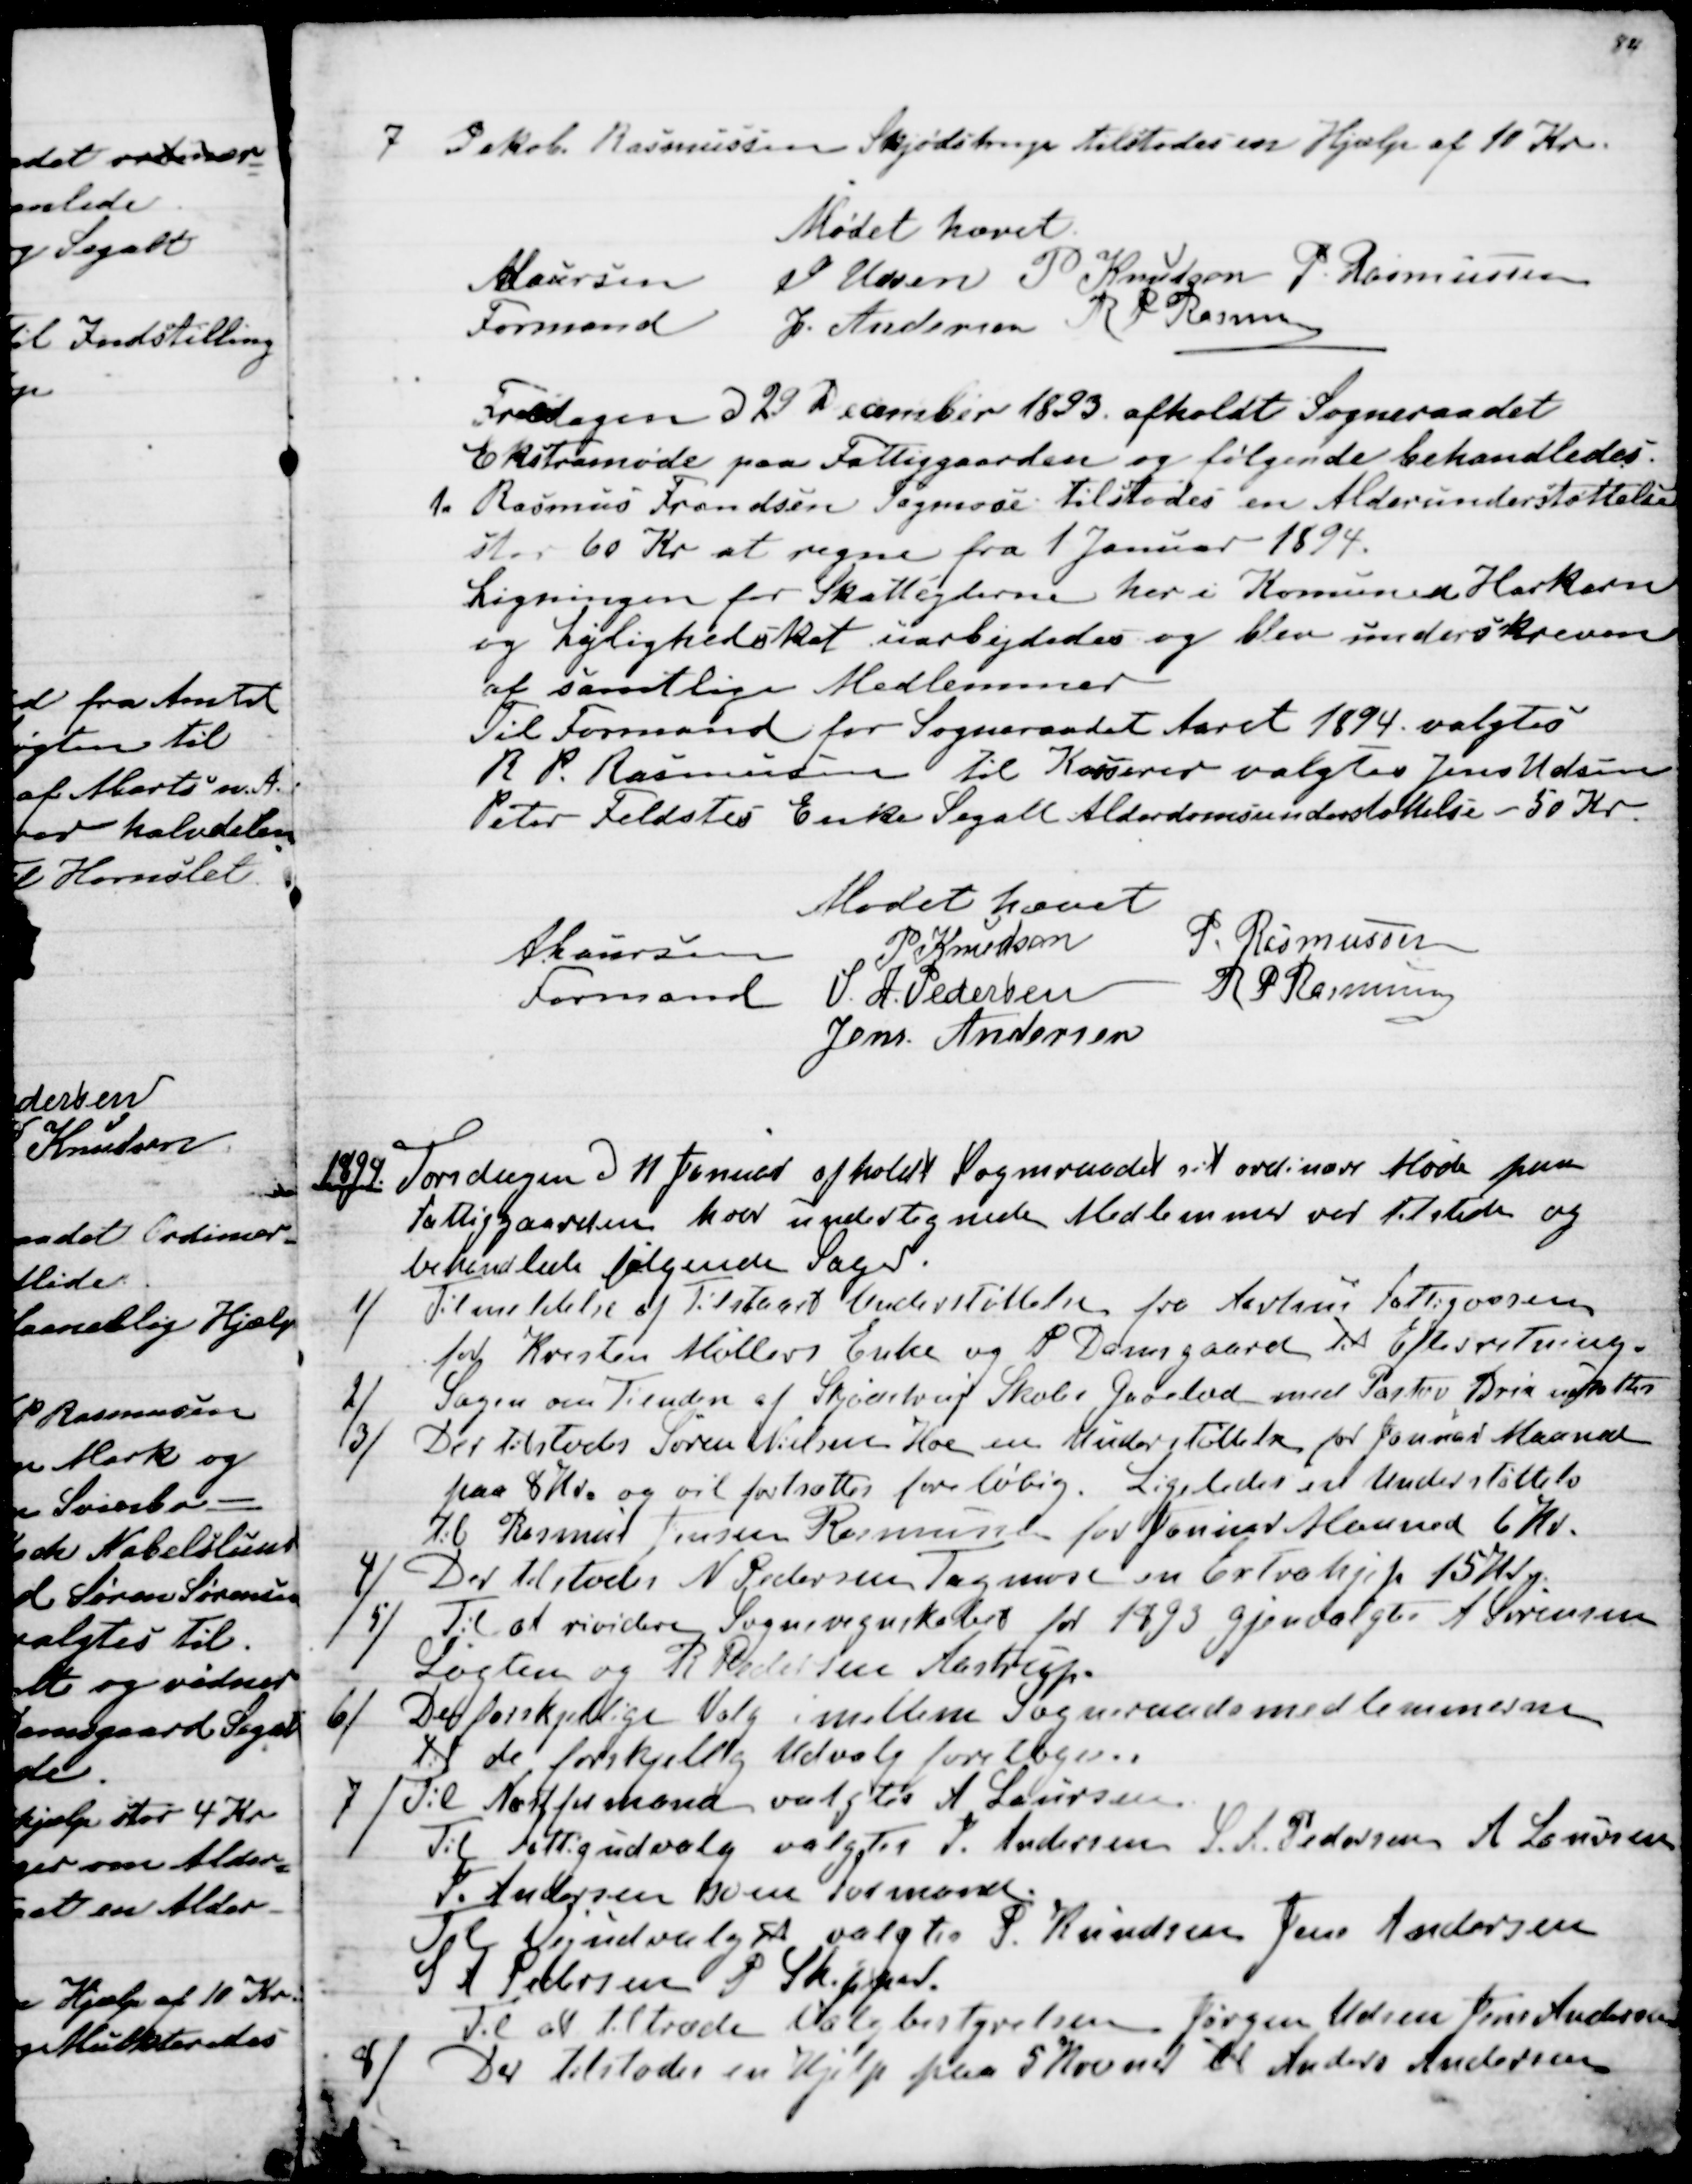
Transskription:
7 Jakob Rasmussen Skjødstrup tilstodes en Hjælp af 10 Kr.
Mødet hævet
A Laursen
Formand
J Udsen
P Knudsen
P Rasmussen
J. Andersen
R P Rasmussen

Fredagen d 29 December 1893. afholdt Sogneraadet
Ekstramøde paa Fattiggaarden og følgende behandledes.
1. Rasmus Frandsen Tagmose tilstodes en Alderdomsunderstøttelse
stor 60 Kr at regne fra 1 Januar 1894.
Ligningen for Skatteyderne her i Komunen Harkorn
og Lejlighedskat uarbejdedes og blev underskreven
af samtlige Medlemmer
Til Formand for Sogneraadet Aaret 1894 valgtes
R P. Rasmussen til Kasserer valgtes Jens Udsen
Peter Feldstes Enke Segalt Alderdomsunderstøttelse - 50 Kr.
Mødet hævet
A Laursen
Formand
P Knudsen
P. Rasmussen
S. A. Pedersen
R P Rasmussen
Jens Andersen

1894. Torsdagen d 11 Januar afholdt Sogneraadet sit ordinære Møde paa
Fattiggaarden hvor undertegnede Medlemmer var tilstede og
behandlede følgende Sager.
1) Tilmeldelse af Tilstaaet Understøttelse fra Aarhus Fattigvæsen
for Kresten Møllers Enke og P Damsgaard til Efterretning.
2)  Sagen om Tienden af Skjødstrup Skoles Jorelod med Pastor Brix udsattes
3)  Der tilstodes Søren Nielsen Hoe en Understøttelse for Januar Maaned
paa 8 Kr. og vil fortsættes foreløbig. Ligeledes en Understøttelse
til Rasmus Jensen Rasmussen for Januar Maaned 6 Kr.
4) Der tilstodes N Pedersen Tagmose en Extrahjælp 15 Kr
5) Til at rividere Sogneregnskabet for 1893 gjenvalgtes A Sørensen
Løgten og R Pedersen Aastrup.
6) De forskjellige Valg imellem Sogneraadsmedlemmerne
til de Forskjellige Udvalg foretoges.
7) Til Næstformand valgtes A Laursen.
Til Fattigudvalg valgtes P. Andersen S. A. Pedersen A Laursen
J. Andersen som Formand.
Til Vejudvalget valgtes P. Knudsen Jens Andersen
S A Pedersen P Skipper.
Til at tiltræde Valgbestyrelsen Jørgen Udsen Jens Andersen
8) Der tilstodes en Hjælp paa 5 Kroner til Anders Andersen